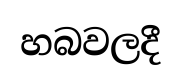
හබවලදී